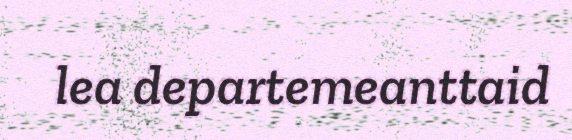
lea departemeanttaid